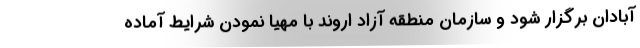
آبادان برگزار شود و سازمان منطقه آزاد اروند با مهیا نمودن شرایط آماده